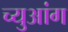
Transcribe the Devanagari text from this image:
च्युआंग